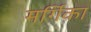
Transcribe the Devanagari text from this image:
मर्गिका